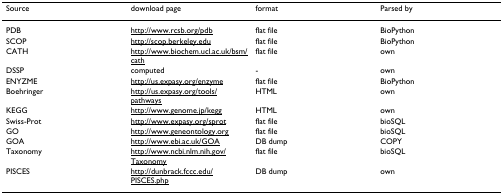
| Source | download page | format | Parsed by |
 | --- | --- | --- | --- |
 | PDB | http://www.rcsb.org/pdb | flat file | BioPython |
 | SCOP | http://scop.berkeley.edu | flat file | BioPython |
 | CATH | http://www.biochem.ucl.ac.uk/bsm/cath | flat file | own |
 | DSSP | computed | - | own |
 | ENYZME | http://us.expasy.org/enzyme | flat file | BioPython |
 | Boehringer | http://us.expasy.org/tools/pathways | HTML | own |
 | KEGG | http://www.genome.jp/kegg | HTML | own |
 | Swiss-Prot | http://www.expasy.org/sprot | flat file | bioSQL |
 | GO | http://www.geneontology.org | flat file | bioSQL |
 | GOA | http://www.ebi.ac.uk/GOA | DB dump | COPY |
 | Taxonomy | http://www.ncbi.nlm.nih.gov/Taxonomy | flat file | bioSQL |
 | PISCES | http://dunbrack.fccc.edu/PISCES.php | DB dump | own |